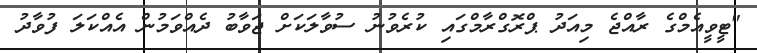
"ޓީވީއެމްގެ ރާއްޖެ މިއަދު ޕްރޮގްރާމްގައި ކުރެވުނު ސުވާލަކަށް ޖަވާބު ދެއްވަމުން އެއްކަލަ ފުވާދު